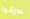
سرقوا